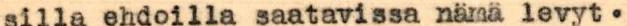
silla ehdoilla saatavissa nämä levyt.